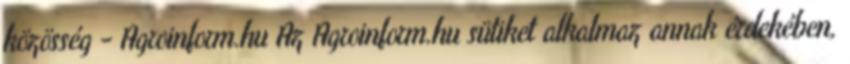
közösség - Agroinform.hu Az Agroinform.hu sütiket alkalmaz annak érdekében,